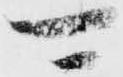
可